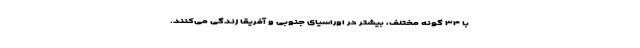
با ۳۴ گونه مختلف، بیشتر در اوراسیای جنوبی و آفریقا زندگی می‌کنند.